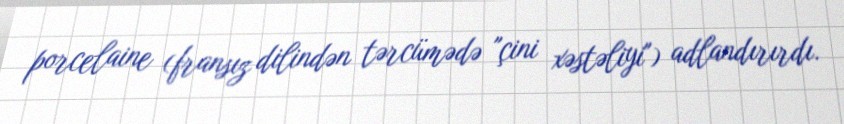
porcelaine (fransız dilindən tərcümədə "çini xəstəliyi") adlandırırdı.